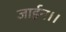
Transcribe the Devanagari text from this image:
जाईन।।